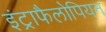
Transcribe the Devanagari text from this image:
इंट्राफैलोपियन